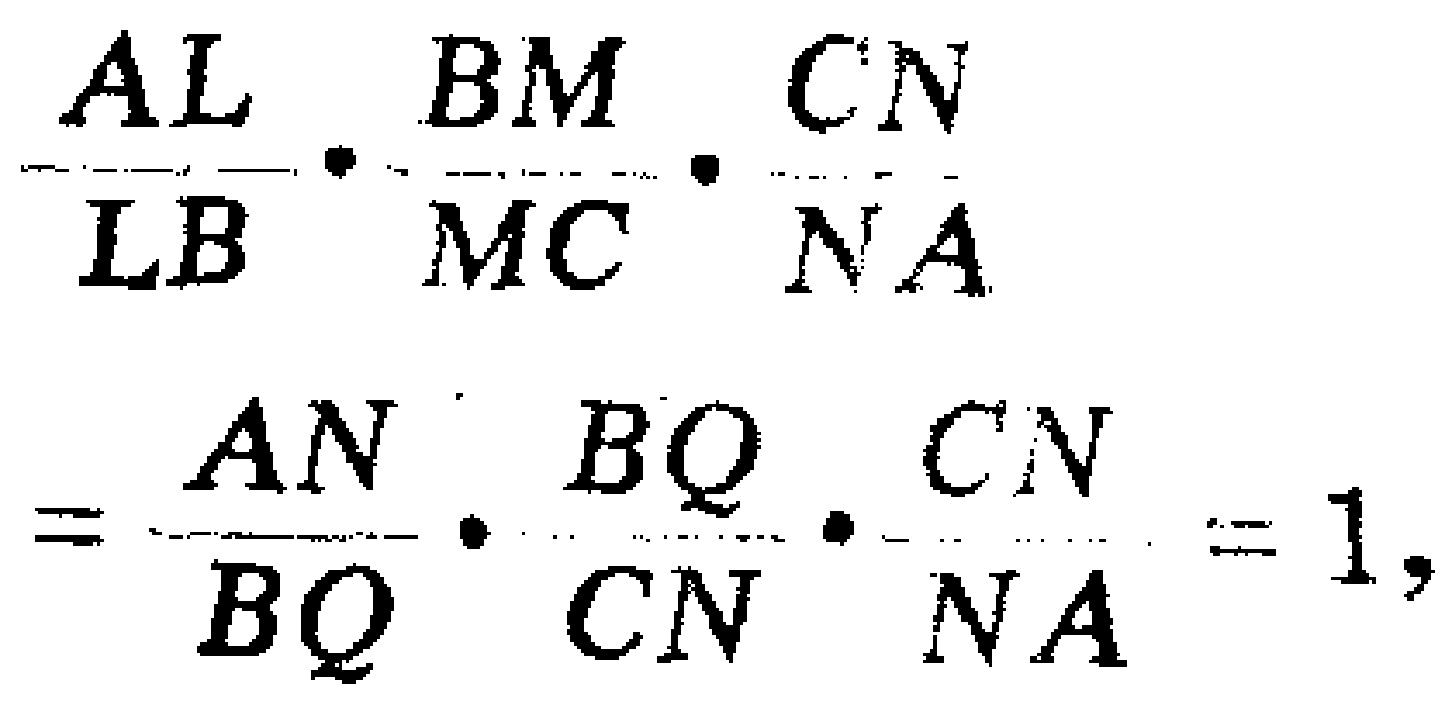
\(\frac{AL}{LB}\cdot\frac{BM}{MC}\cdot\frac{CN}{NA}=\frac{AN}{BQ}\cdot\frac{BQ}{CN}\cdot\frac{CN}{NA}=1\)